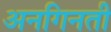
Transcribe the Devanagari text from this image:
अनगिनती